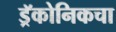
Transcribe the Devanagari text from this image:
ड्रॅकोनिकचा